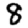
Digit: 8